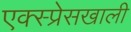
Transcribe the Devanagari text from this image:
एक्स्प्रेसखाली